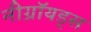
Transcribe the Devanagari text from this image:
नीग्रॉयड्स